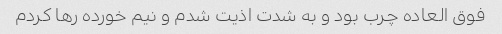
فوق العاده چرب بود و به شدت اذیت شدم و نیم خورده رها کردم